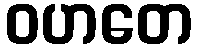
ဝဟတေ